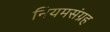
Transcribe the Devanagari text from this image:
नियमसंग्रह